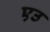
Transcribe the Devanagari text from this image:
एउ